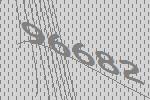
96682